Tezpur Lunatic Asylum reports 1877-1894 - 1877-1894
Year: 1877
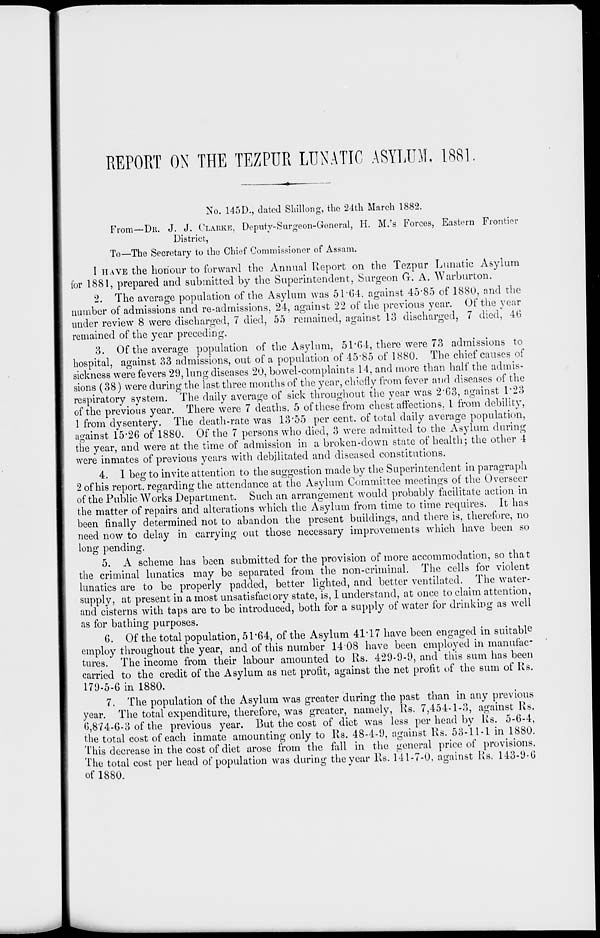
REPORT ON THE TEZPUR LUNATIC ASYLUM, 1881.
No. 145D., dated Shillong, the 24th March 1882.
From—DR. J. J. CLARKE, Deputy-Surgeon-General, H. M.'s Forces, Eastern Frontier
District,
To—The Secretary to the Chief Commissioner of Assam.
I HAVE the honour to forward the Annual Report on the Tezpur Lunatic Asylum
for 1881, prepared and submitted by the Superintendent, Surgeon G. A. Warburton.
2. The average population of the Asylum was 5T64, against 45*85 of 1880, and the
number of admissions and re-admissions, 24, against 22 of the previous year. Of the year
under review 8 were discharged, 7 died, 55 remained, against 13 discharged, 7 died, 40
remained of the year preceding.
3. Of the average population of the Asylum, 51*64, there were 73 admissions to
hospital, against 33 admissions, out of a population of 45*85 of 1880. The chief causes of
sickness were fevers 29, lung diseases 20, bowel-complaints 14, and more than half the admis-
sions (38) were during the last three months of the year, chiefly from fever and diseases of the
respiratory system. The daily average of sick throughout the year was 2*63, against 1*23
of the previous year. There were 7 deaths. 5 of these from chest affections. 1 from debility,
1 from dysentery. The death-rate was 13*55 per cent, of total daily average population,
against 15*26 of 1880. Of the 7 persons who died, 3 were admitted to the Asylum during
the year, and were at the time of admission in a broken-down state of health; the other 4
were inmates of previous years with debilitated and diseased constitutions.
4. 1 beg to invite attention to the suggestion made by the Superintendent in paragraph
2 of his report, regarding the attendance at the Asylum Committee meetings of the Overseer
of the Public Works Department. Such an arrangement would probably facilitate action in
the matter of repairs and alterations which the Asylum from time to time requires. It has
been finally determined not to abandon the present buildings, and there is, therefore, no
need now to delay in carrying out those necessary improvements which have been so
long pending.
5. A scheme has been submitted for the provision of more accommodation, so that
the criminal lunatics may be separated from the non-criminal. The cells for violent
lunatics are to be properly padded, better lighted, and better ventilated. The water-
supply, at present in a most unsatisfactory state, is, I understand, at once to claim attention,
and cisterns with taps are to be introduced, both for a supply of water for drinking as well
as for bathing purposes.
G. Of the total population, 51*64, of the Asylum 41*17 have been engaged in suitabl e
employ throughout the year, and of this number 1408 have been employed in manufac-
tures. The income from their labour amounted to Rs. 429-9-9, and this sum has been
carried to the credit of the Asylum as net profit, against the net profit of the sum of Rs.
179-5-6 in 1880.
7. The population of the Asylum was greater during the past than in any previous
year. The total expenditure, therefore, was greater, namely, Rs. 7,454-1-3, against Rs.
6,874-6-3 of the previous year. But the cost of diet was less per head by Rs. 5-6-4,
the total cost of each inmate amounting only to Rs. 48-4-9, against Rs. 53-11-1 in 1880.
This decrease in the cost of diet arose from the fall in the general price of provisions.
The total cost per head of population was during the vear Us. 141-7-0, against Rs. 143-9-0
of 1880.